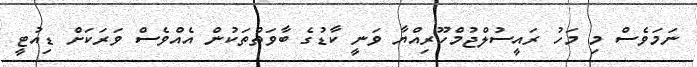
ނަމަވެސް މި މަހު ރައީސުލްޖުމްހޫރިއްޔާ ވަނީ ކާޑުގެ ބާވަތްތަކުން އެއްވެސް ވަރަކަށް ޑިއުޓީ